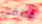
ملتقى